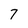
Character: 7